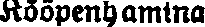
Kööpenhamina